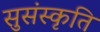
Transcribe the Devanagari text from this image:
सुसंस्कृति